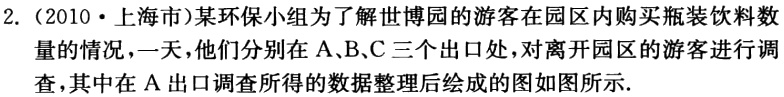
2.（2010·上海市）某环保小组为了解世博园的游客在园区内购买瓶装饮料数量的情况，一天，他们分别在A、B、C三个出口处，对离开园区的游客进行调查，其中在A出口调查所得的数据整理后绘成的图如图所示.